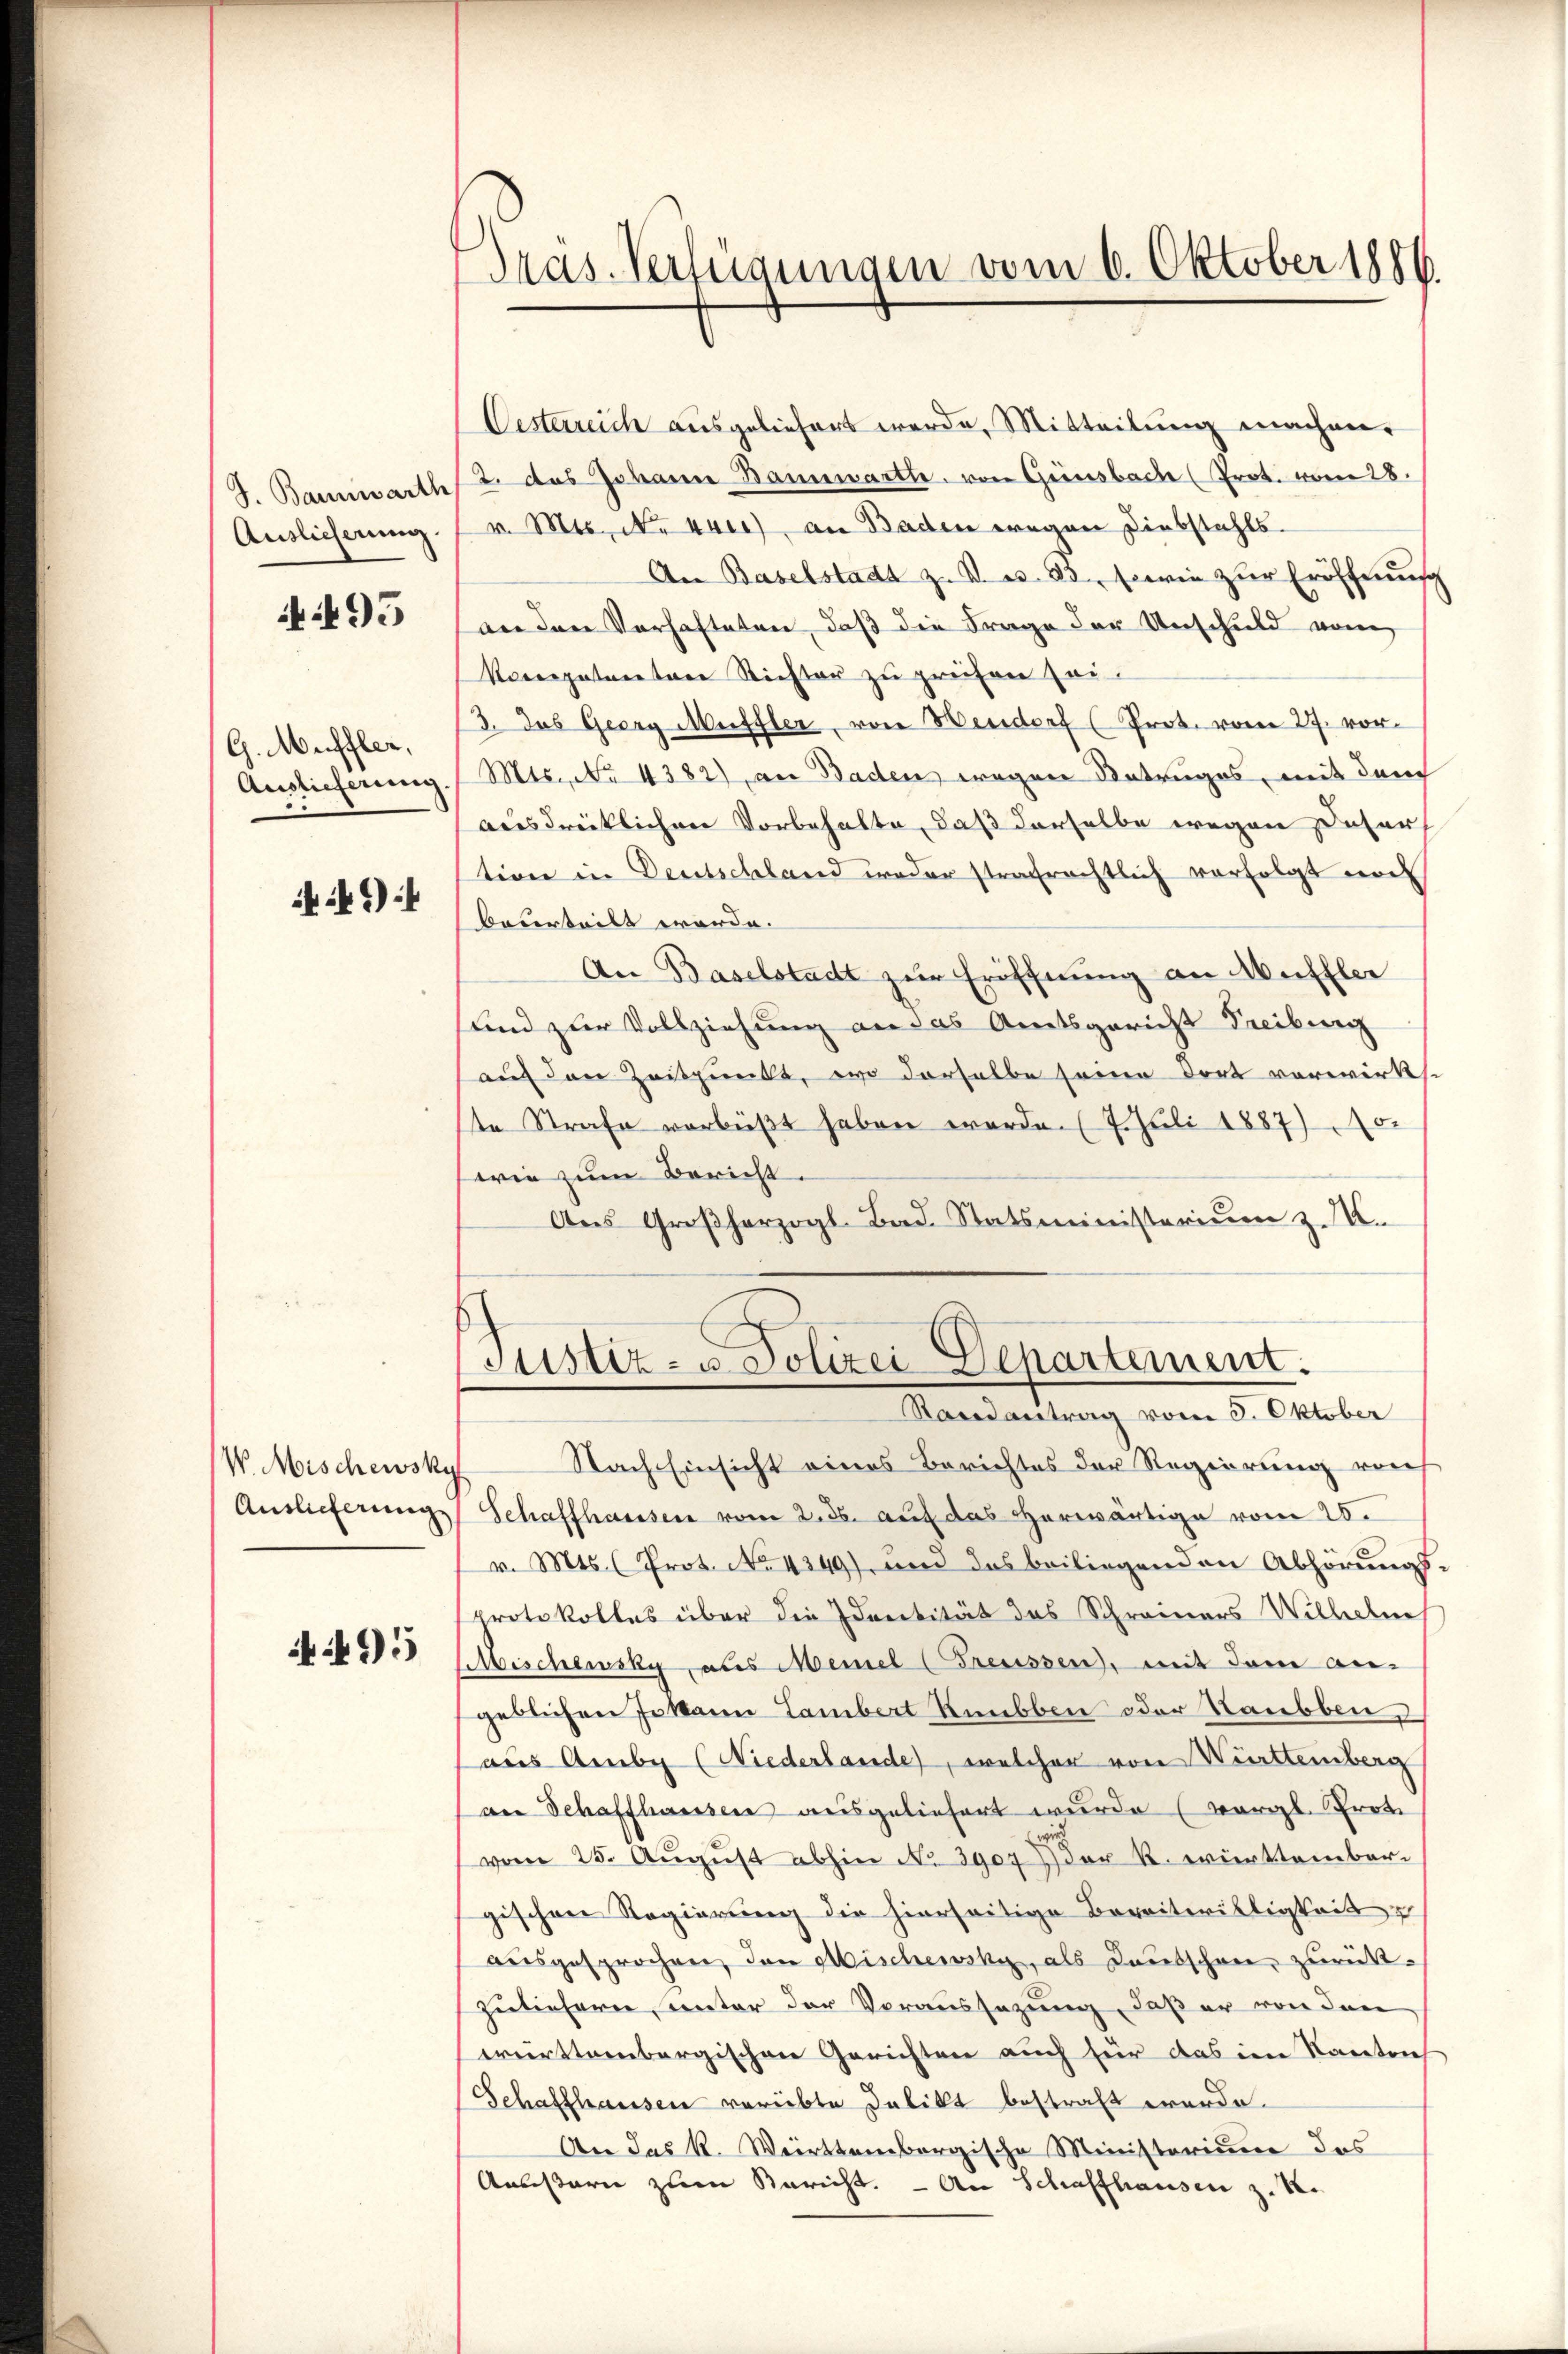
J. Bannwarth
Auslieferung.

95

G. Muffler,
Auslieferung.

if 14

V. Mischewskyf
Auslieferung

95

Pras. Verfügungen vom 6. Oktober 1886.

Oesterreich ausgeliefert werde, Mitteilung machen¬
2. das Johann Bannwarte, von Ginsbach (Prot. vom 28.
v. Mts. No 4ter), an Baden wegen Diebstahls
An Baselstadt z. B. u. 23. sowie zur Eröffnung
an den Verhafteten, daß die Frage der Unschuld vom
Koncepatenten Richter zu preisen sei¬
/3. das Georg Muffler, von Hendorf (Prot. vom 27. vor
Mts., No 4382), an Baden wegen Betruges, mit der
ausdrücklichen Vorbehalte, daß derselbe wegen Daher
tion in Deutschland weder strafrechtlich verfolgt noch
beserteilt werde.
An Baselstadt zur Eröffnung an Muffler
Kind zur Vollziehung an das Amtsgericht Freiburg
auf den Zeitpunkt, wo derselbe seine dort verwirks
ste Strafe verbüßt haben werde. (7. Juli 1887) 10.
wie zum Bericht.
Aŭs Groβherzogl. Bad. Statsministerium z. B.
)
Sistiz- u. Polizei-Separtement.
Randantrag vom 5. Oktober
Nach Einsicht eines Berichtes der Regierung rech
Schaffhausen vom 2. ds. auf das erwärtige vom 20.
v. Mts. (Prot. No. 4349), und das beiliegenden Abhörungs-
protokolles über die Identität des Schreiners Wilhelmeh
Mischewsky aus Meinel (Greussen, mit dem angeblichen Jokann Lambert Raubben oder Haubben,
aus Ambe (Niederlande, welcher von Württemberg
an Schaffhauser ausgeliefert wurde (vergl. Prot
vom 25. Aŭgŭst abhin No 3907 der k. württember.
gischen Regierung die hierseitige Bereitwilligkeit
ausgesprochen, den Mischewsky, als Deutschen zurück-
zulieferne, unter der Voraussazung, daß er von den
württembergischen Gerichten auch für das im Kantrich
Schaffhausen verübte Delikt bestraft worde.
An das k. Weirttembergische Ministerium das
Anlistern zum Bericht. - An Schaffhausen z. B.